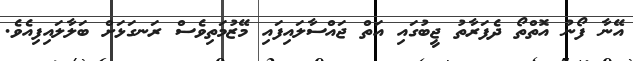
އޭނާ ފޯނު އޮތްތޯ ދެފަރާތު ޖީބުގައި އަތް ޖައްސާލައިފައި މޭޒުމަތިވެސް ރަނގަޅަށް ބަލާލައިފިއެވެ.